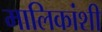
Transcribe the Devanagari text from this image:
मालिकांशी